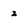
Character: z